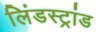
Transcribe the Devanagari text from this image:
लिंडस्ट्रांड